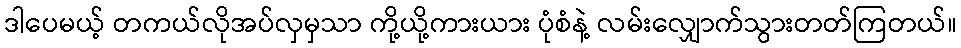
ဒါပေမယ့် တကယ်လိုအပ်လှမှသာ ကို့ယို့ကားယား ပုံစံနဲ့ လမ်းလျှောက်သွားတတ်ကြတယ်။